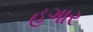
હગાર